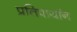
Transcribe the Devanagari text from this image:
प्रतिपायॉन